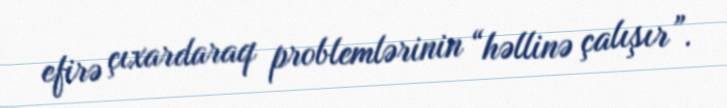
efirə çıxardaraq problemlərinin “həllinə çalışır”.